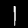
Label: 1